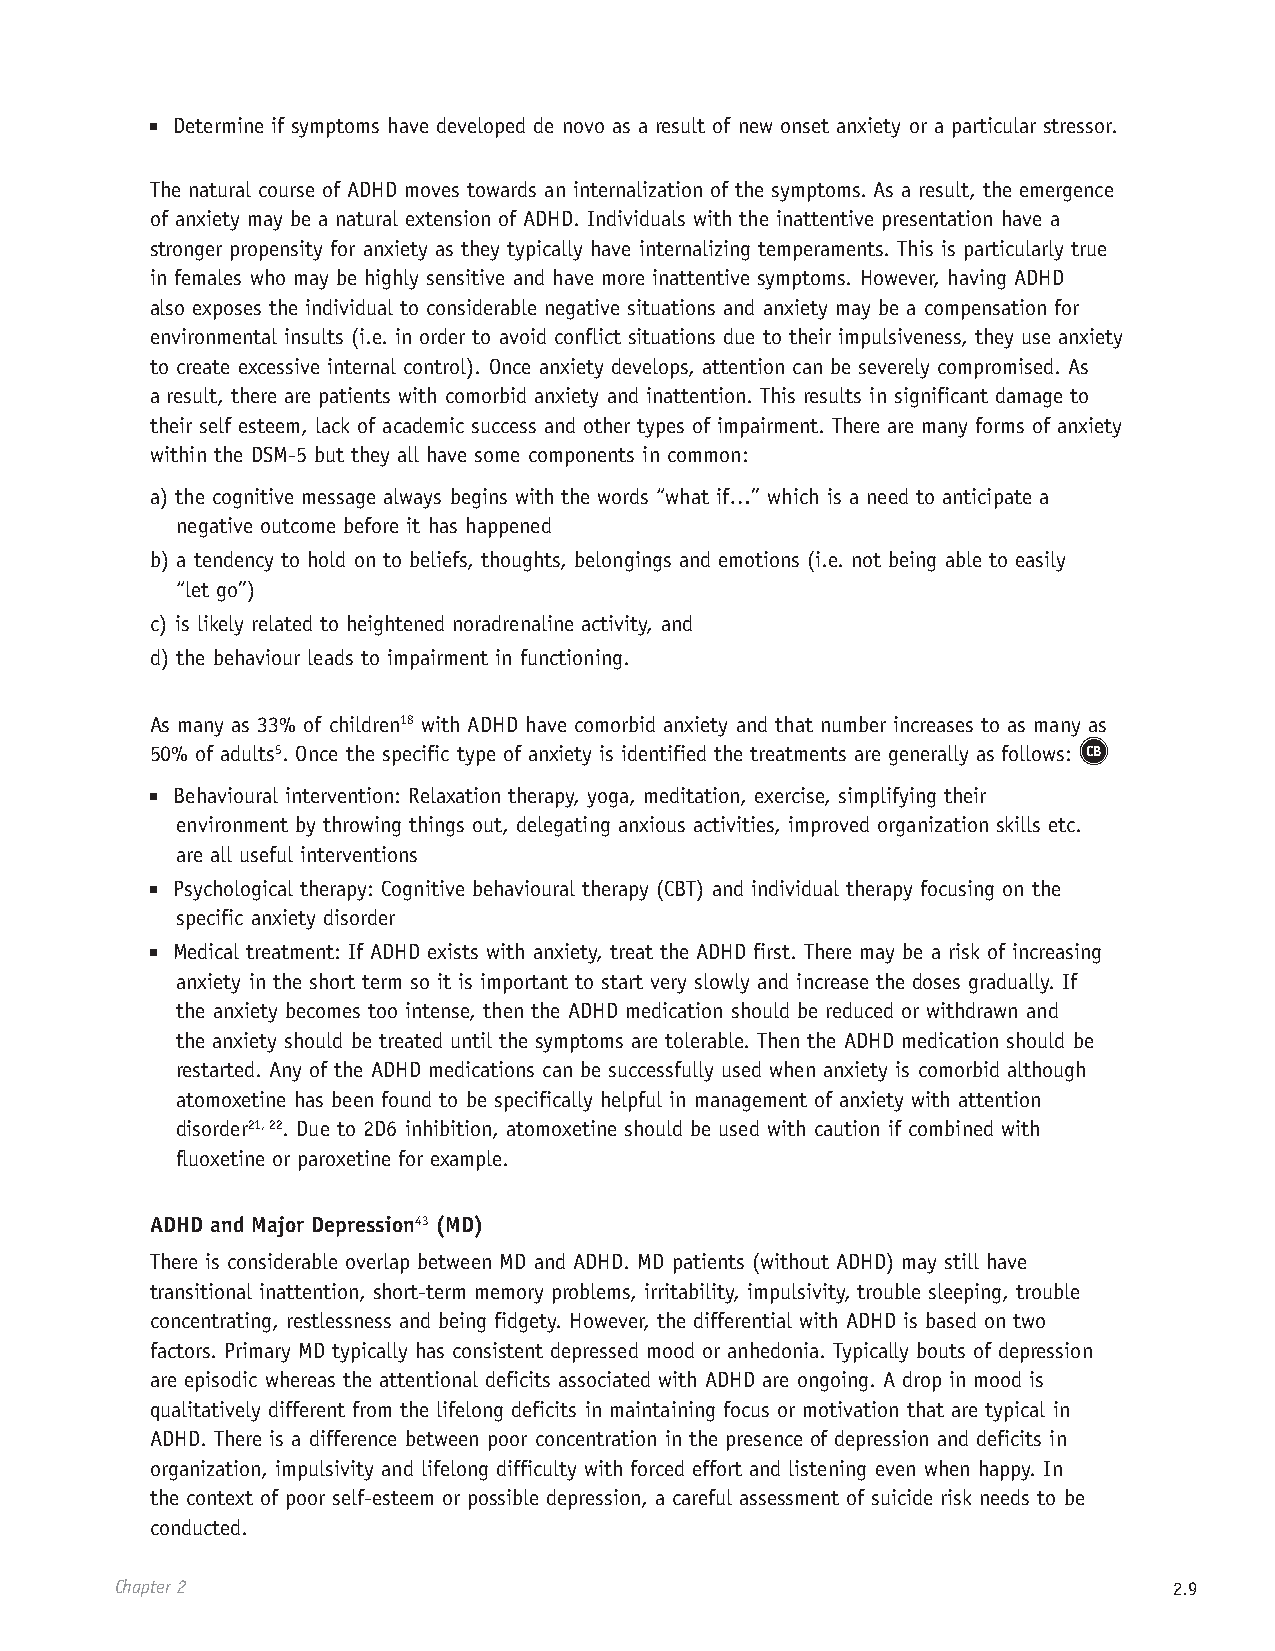
■ Determine if symptoms have developed de novo as a result of new onset anxiety or a particular stressor.
 The natural course of ADHD moves towards an internalization of the symptoms. As a result, the emergence
 of anxiety may be a natural extension of ADHD. Individuals with the inattentive presentation have a
 stronger propensity for anxiety as they typically have internalizing temperaments. This is particularly true
 in females who may be highly sensitive and have more inattentive symptoms. However, having ADHD
 also exposes the individual to considerable negative situations and anxiety may be a compensation for
 environmental insults (i.e. in order to avoid conflict situations due to their impulsiveness, they use anxiety
 to create excessive internal control). Once anxiety develops, attention can be severely compromised. As
 a result, there are patients with comorbid anxiety and inattention. This results in significant damage to
 their self esteem, lack of academic success and other types of impairment. There are many forms of anxiety
 within the DSM-5 but they all have some components in common:
 a) the cognitive message always begins with the words “what if…” which is a need to anticipate a
 negative outcome before it has happened
 b) a tendency to hold on to beliefs, thoughts, belongings and emotions (i.e. not being able to easily
 “let go”)
 c) is likely related to heightened noradrenaline activity, and
 d) the behaviour leads to impairment in functioning.
 As many as 33% of children18 with ADHD have comorbid anxiety and that number increases to as many as
 50% of adults5. Once the specific type of anxiety is identified the treatments are generally as follows: CB
 ■ Behavioural intervention: Relaxation therapy, yoga, meditation, exercise, simplifying their
 environment by throwing things out, delegating anxious activities, improved organization skills etc.
 are all useful interventions
 ■ Psychological therapy: Cognitive behavioural therapy (CBT) and individual therapy focusing on the
 specific anxiety disorder
 ■ Medical treatment: If ADHD exists with anxiety, treat the ADHD first. There may be a risk of increasing
 anxiety in the short term so it is important to start very slowly and increase the doses gradually. If
 the anxiety becomes too intense, then the ADHD medication should be reduced or withdrawn and
 the anxiety should be treated until the symptoms are tolerable. Then the ADHD medication should be
 restarted. Any of the ADHD medications can be successfully used when anxiety is comorbid although
 atomoxetine has been found to be specifically helpful in management of anxiety with attention
 disorder21, 22. Due to 2D6 inhibition, atomoxetine should be used with caution if combined with
 fluoxetine or paroxetine for example.
 ADHD and Major Depression43 (MD)
 There is considerable overlap between MD and ADHD. MD patients (without ADHD) may still have
 transitional inattention, short-term memory problems, irritability, impulsivity, trouble sleeping, trouble
 concentrating, restlessness and being fidgety. However, the differential with ADHD is based on two
 factors. Primary MD typically has consistent depressed mood or anhedonia. Typically bouts of depression
 are episodic whereas the attentional deficits associated with ADHD are ongoing. A drop in mood is
 qualitatively different from the lifelong deficits in maintaining focus or motivation that are typical in
 ADHD. There is a difference between poor concentration in the presence of depression and deficits in
 organization, impulsivity and lifelong difficulty with forced effort and listening even when happy. In
 the context of poor self-esteem or possible depression, a careful assessment of suicide risk needs to be
 conducted.
 Chapter 2                                                             2.9